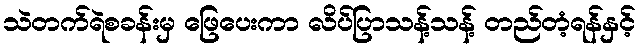
သဲတက်ရဲစခန်းမှ ဖြေပေးကာ လိပ်ပြာသန့်သန့် တည်တံ့ရန်နှင့်